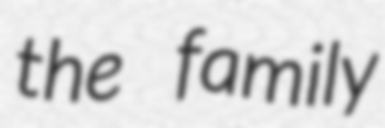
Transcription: the family